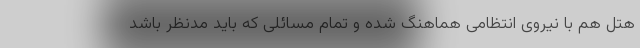
هتل هم با نیروی انتظامی هماهنگ شده و تمام مسائلی که باید مدنظر باشد